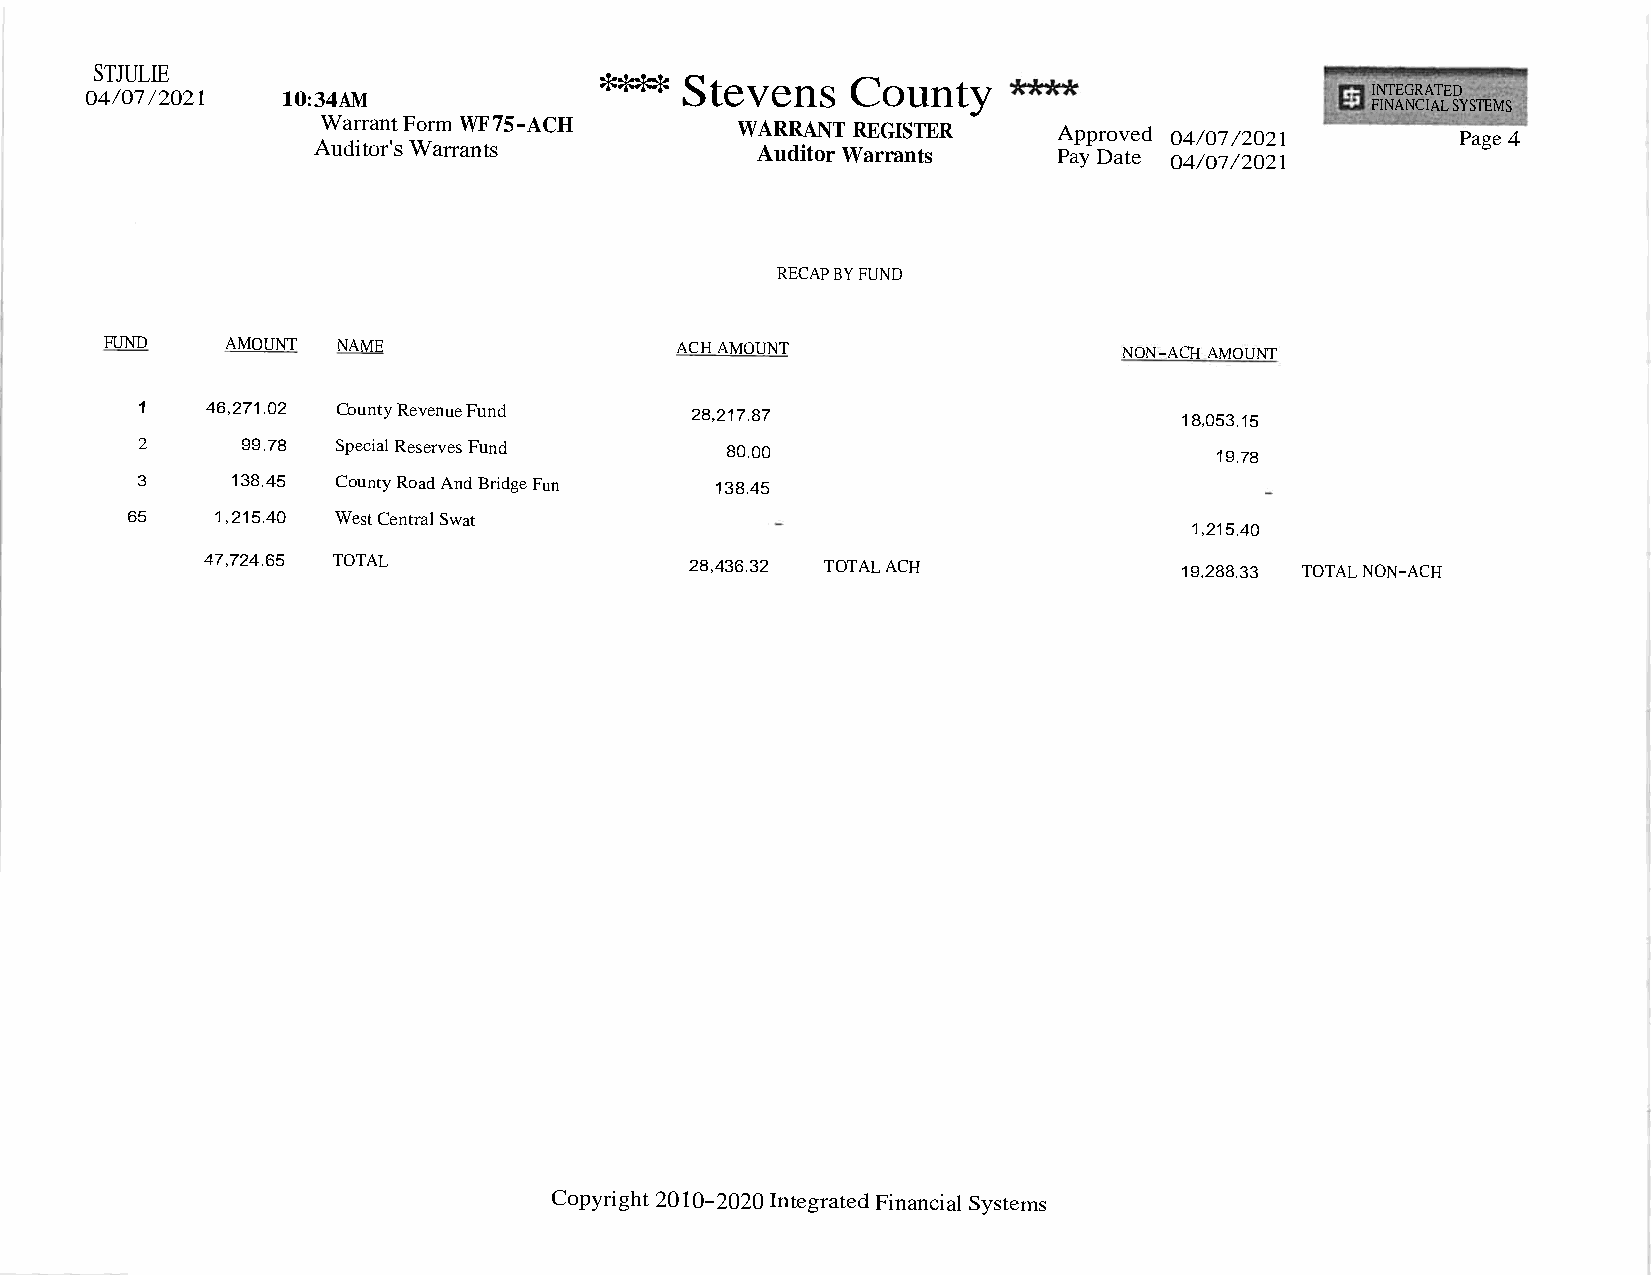
STJULIE
 **** Stevens    County
 04/07/2021   10:34AM                                                                 I FN INT AEG NR CA IAT LE SD
 YSTEMS
 WarrantForm WF75-ACH        WARRANT REGISTER     Approved 04/07/2021        Page4
 Auditor'sWarrants            AuditorWarrants     PayDate 04/07/2021
 RECAPBYFUND
 FUND    AMOUNT NAME                   ACHAMOUNT                    NON-ACHAMOUNT
 1    46,271.02 CountyRevenueFund
 28,217.87                       18,053.15
 2      99.78 SpecialReservesFund
 80.00                           19.78
 3     138.45 CountyRoadAndBridgeFun   138.45
 65    1,215.40 WestCentralSwat
 1,215.40
 47,724.65 TOTAL                  28,436.32 TOTALACH              19,288.33 TOTALNON-ACH
 Copyright2010-
 2020IntegratedFinancialSystems